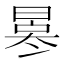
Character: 𠘀